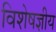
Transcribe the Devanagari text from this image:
विशेषज्ञीय